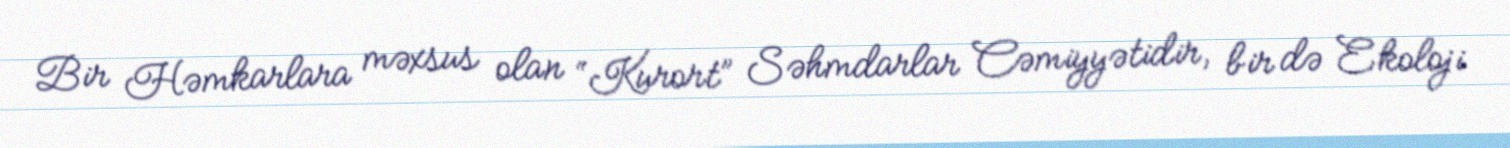
Bir Həmkarlara məxsus olan “Kurort” Səhmdarlar Cəmiyyətidir, bir də Ekoloji